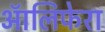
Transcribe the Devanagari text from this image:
ऑलिफेरा